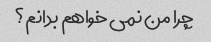
چرا من نمی خواهم بدانم؟